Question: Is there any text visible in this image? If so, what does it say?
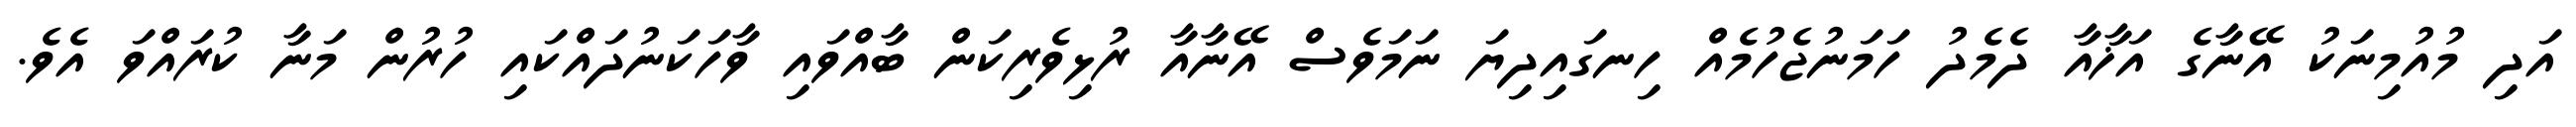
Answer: އަދި މުއުމިނަކު އޭނާގެ އަޚާއާ ދެމެދު ހަމަނުޖެހުމެއް ހިނގައިދިޔަ ނަމަވެސް އޭނާއާ ރުޅިވެރިކަން ބާއްވައި ވާހަކަނުދައްކައި ހުރުން މަނާ ކުރައްވަ އެވެ.